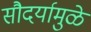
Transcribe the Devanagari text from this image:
सौदर्यामुळे